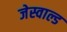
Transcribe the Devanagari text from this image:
जेस्वाल्ड